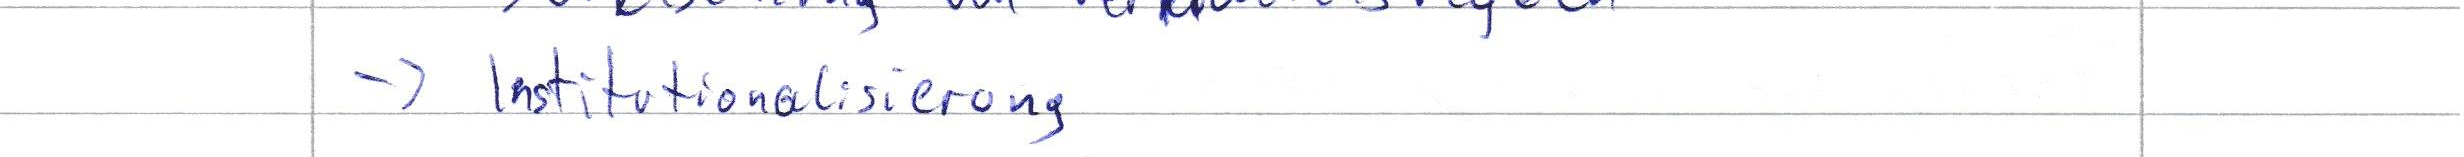
-> Institutionalisierung